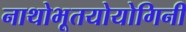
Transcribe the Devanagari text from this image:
नाथोभूतयोयोगिनी